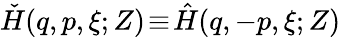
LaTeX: \check{H}(q,p,\xi;Z)\! \equiv\! \hat{H}(q,-p,\xi;Z)